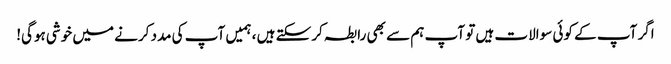
اگر آپ کے کوئی سوالات ہیں تو آپ ہم سے بھی رابطہ کرسکتے ہیں ، ہمیں آپ کی مدد کرنے میں خوشی ہوگی!